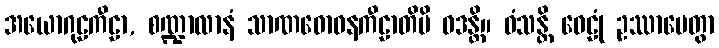
အယောဂုဠကီဠာ, စဏ္ဍာလာနံ သာဏဓောဝနကီဠာတိပိ ဝဒန္တိ။ ဝံသန္တိ ဝေဠုံ ဥဿာပေတွာ